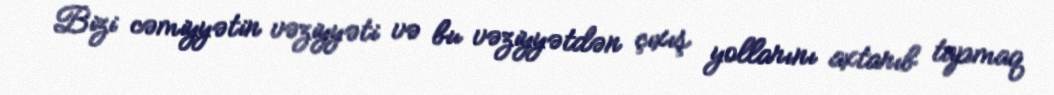
Bizi cəmiyyətin vəziyyəti və bu vəziyyətdən çıxış yollarını axtarıb tapmaq